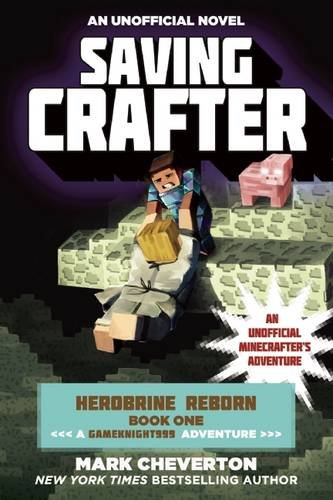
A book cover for Saving Crafter: Herobrine Reborn Book One: A Gameknight999 Adventure: An Unofficial MinecrafterEEs Adventure; Mark Cheverton; Children's Books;